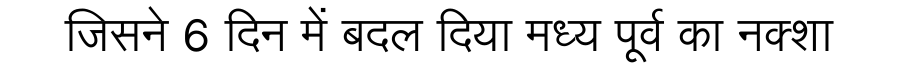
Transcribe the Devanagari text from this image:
जिसने 6 दिन में बदल दिया मध्य पूर्व का नक्शा